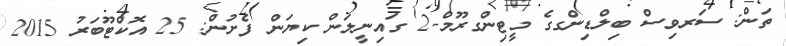
ތަން: ސަރވިސް ބިލްޑިންގގެ މީޓިންގރޫމް-2 ގައިނީލަން ކިޔަން ފެށުން: 25 އޮކްޓޫބަރު 2015